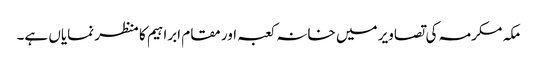
مکہ مکرمہ کی تصاویر میں خانہ کعبہ اور مقام ابراہیم کا منظر نمایاں ہے۔